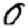
Digit: 0